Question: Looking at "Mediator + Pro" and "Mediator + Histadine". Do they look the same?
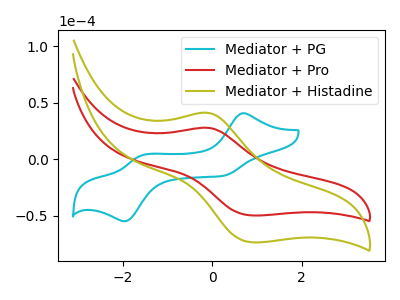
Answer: <think>The cyan curve "Mediator + PG" has anodic peaks at (0.65V, 40.60uA) (-1.55V, 3.45uA) and cathodic peaks at (0.25V, -14.55uA) (-1.95V, -54.80uA). The red curve "Mediator + Pro" has an anodic peak at (-0.10V, 27.65uA) and a cathodic peak at (0.90V, -49.80uA). The olive curve "Mediator + Histadine" has an anodic peak at (-0.10V, 40.85uA) and a cathodic peak at (0.90V, -73.55uA).
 All the peaks in "Mediator + Pro" have a peak in "Mediator + Histadine" at the same potential. Every peak in "Mediator + Pro" is lower than every peak in "Mediator + Histadine".</think>
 <answer>"Mediator + Pro" and "Mediator + Histadine" are similar in shape.</answer>
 <eval>same_shape</eval>